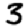
Digit: 3